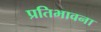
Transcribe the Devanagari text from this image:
प्रतिभावना